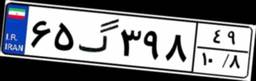
۸۴گ۹۱۵۵۷